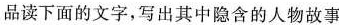
品读下面的文字，写出其中隐含的人物故事